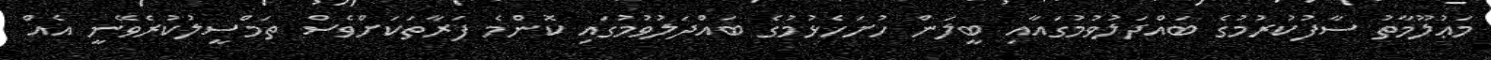
މަޢުލޫމާތު ސާފުކުރުމުގެ ބައްދަލުވުމުގައާއި ބީލަން ހުށަހެޅުމުގެ ބައްދަލުވުމުގައި ކޮންމެ ފަރާތަކަށްވެސް ތަމްސީލުކުރެވޭނީ އެއް